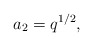
\begin{align*} a_2=q^{1/2},\end{align*}